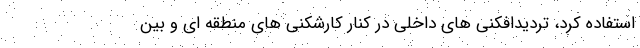
استفاده کرد، تردیدافکنی های داخلی در کنار کارشکنی های منطقه ای و بین